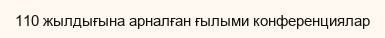
110 жылдығына арналған ғылыми конференциялар